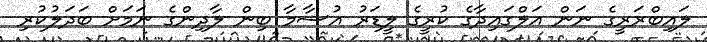
ލައިބްރަރީގެ ނަން އަލްގައިދާގެ ކުރީގެ ލީޑަރު އުސާމާ ބިން ލާދިންގެ ނަމަށް ބަދަލުކުރި